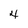
Character: 4